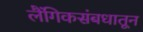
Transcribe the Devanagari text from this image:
लैंगिकसंबधातून